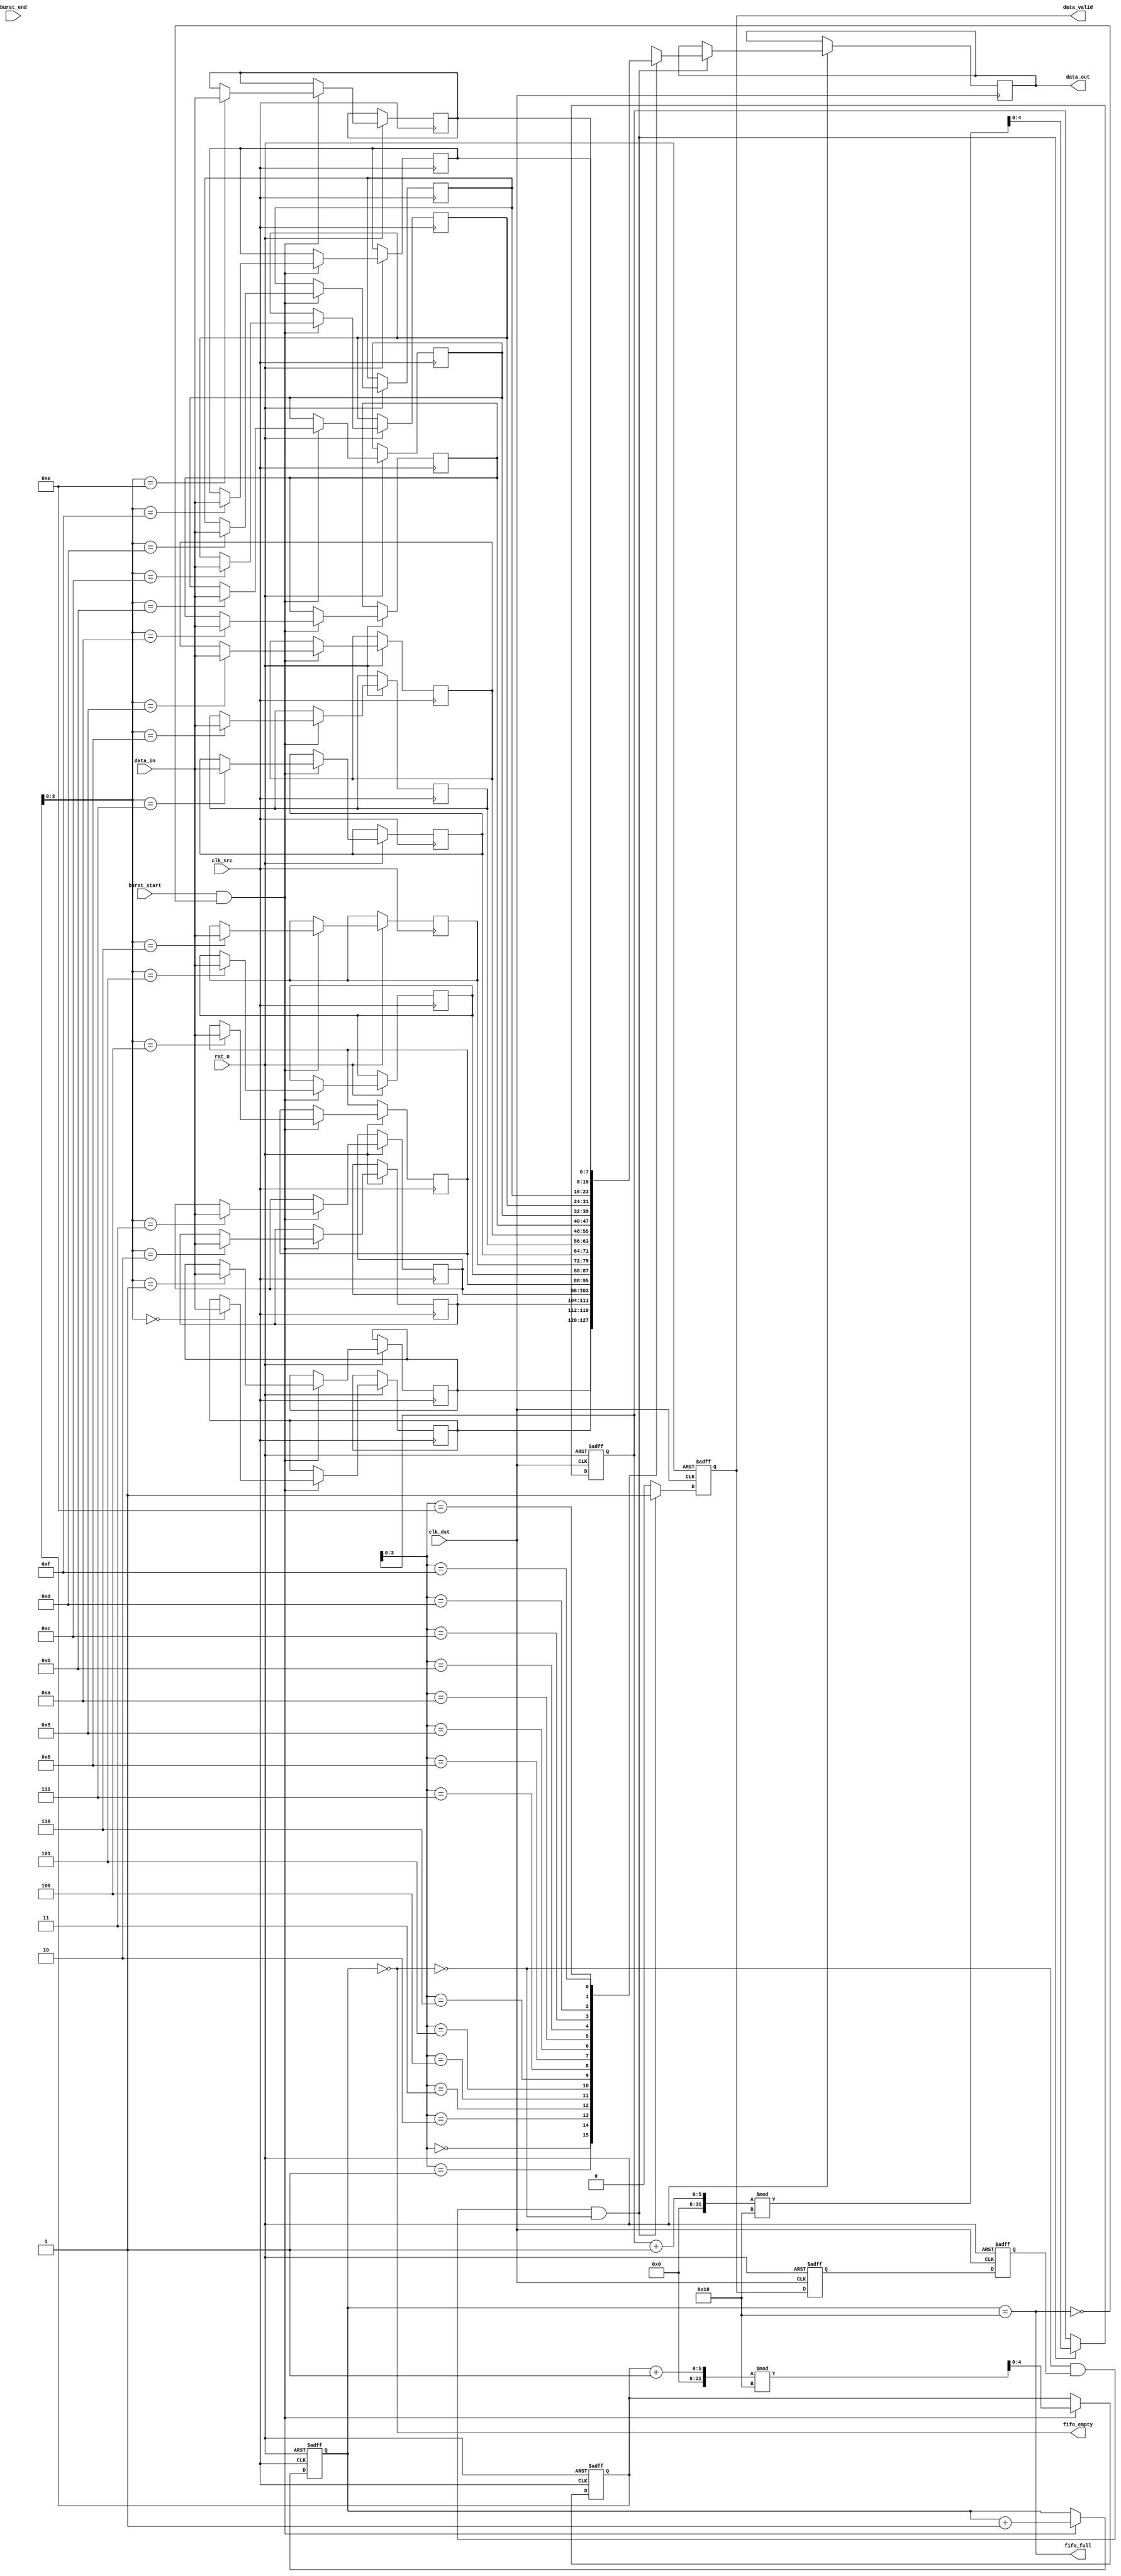
module burst_mode_synchronizer #(
    parameter DATA_WIDTH = 8,  // Width of the data bus
    parameter FIFO_DEPTH = 16   // Depth of the FIFO
)(
    input wire clk_src,         // Source clock
    input wire clk_dst,         // Destination clock
    input wire rst_n,           // Active low reset
    input wire [DATA_WIDTH-1:0] data_in, // Data input from source
    input wire burst_start,      // Signal to indicate the start of a burst
    input wire burst_end,        // Signal to indicate the end of a burst
    output wire [DATA_WIDTH-1:0] data_out, // Data output to destination
    output wire data_valid,      // Signal to indicate valid data at output
    output wire fifo_full,       // FIFO full indicator
    output wire fifo_empty        // FIFO empty indicator
);

    // FIFO buffer implementation
    reg [DATA_WIDTH-1:0] fifo_mem [0:FIFO_DEPTH-1];
    reg [4:0] write_ptr; // 5 bits for depth up to 32
    reg [4:0] read_ptr;
    reg [4:0] count; // Number of elements in FIFO

    // Handshaking signals
    reg fifo_write_enable;
    reg fifo_read_enable;
    wire fifo_write_ready;
    wire fifo_read_ready;

    // Synchronization registers for handshaking signals
    reg fifo_write_enable_sync1, fifo_write_enable_sync2;
    reg fifo_read_enable_sync1, fifo_read_enable_sync2;

    // FIFO write logic
    always @(posedge clk_src or negedge rst_n) begin
        if (!rst_n) begin
            write_ptr <= 0;
            count <= 0;
            fifo_write_enable <= 0;
        end else if (burst_start && !fifo_full) begin
            fifo_mem[write_ptr] <= data_in;
            write_ptr <= (write_ptr + 1) % FIFO_DEPTH;
            count <= count + 1;
            fifo_write_enable <= 1;
        end else if (burst_end) begin
            fifo_write_enable <= 0;
        end
    end

    // FIFO read logic
    always @(posedge clk_dst or negedge rst_n) begin
        if (!rst_n) begin
            read_ptr <= 0;
            fifo_read_enable <= 0;
        end else if (fifo_read_ready && !fifo_empty) begin
            data_out <= fifo_mem[read_ptr];
            read_ptr <= (read_ptr + 1) % FIFO_DEPTH;
            fifo_read_enable <= 1;
        end else begin
            fifo_read_enable <= 0;
        end
    end

    // FIFO status flags
    assign fifo_full = (count == FIFO_DEPTH);
    assign fifo_empty = (count == 0);
    assign data_valid = fifo_read_enable;

    // Handshake signal synchronization
    always @(posedge clk_src or negedge rst_n) begin
        if (!rst_n) begin
            fifo_write_enable_sync1 <= 0;
            fifo_write_enable_sync2 <= 0;
        end else begin
            fifo_write_enable_sync1 <= fifo_write_enable;
            fifo_write_enable_sync2 <= fifo_write_enable_sync1;
        end
    end

    always @(posedge clk_dst or negedge rst_n) begin
        if (!rst_n) begin
            fifo_read_enable_sync1 <= 0;
            fifo_read_enable_sync2 <= 0;
        end else begin
            fifo_read_enable_sync1 <= fifo_read_enable;
            fifo_read_enable_sync2 <= fifo_read_enable_sync1;
        end
    end

    // FIFO read ready signal
    assign fifo_read_ready = !fifo_empty && fifo_read_enable_sync2;

endmodule